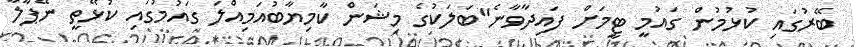
ބޭރުގައި ކުޅުމުން ގައުމީ ޓީމަށް ފައިދާވާނެ"ބަލަކުގެ މިޝަން ކާމިޔާބުއަމިއްލަ ގައުމުގައި ކުޅޭތީ ނޭޕާލާ